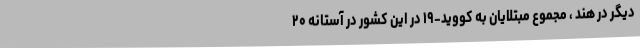
دیگر در هند ، مجموع مبتلایان به کووید-۱۹ در این کشور در آستانه ۲۰